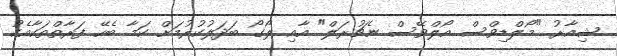
ޝިއާރު "މޯލްޑިވްސް އޯލްވޭސް ނެޗުރަލް" އާއި ލޯގޯ ބަދަލުކުރުމަށް ކަމާ ބެހޭ ފަރާތްތަކާއެކު